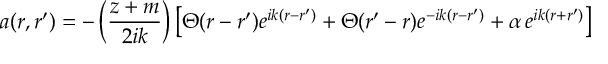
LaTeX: a ( r , r ^ { \prime } ) = - \left( \frac { z + m } { 2 i k } \right) \left[ \Theta ( r - r ^ { \prime } ) e ^ { i k ( r - r ^ { \prime } ) } + \Theta ( r ^ { \prime } - r ) e ^ { - i k ( r - r ^ { \prime } ) } + \alpha \, e ^ { i k ( r + r ^ { \prime } ) } \right]